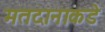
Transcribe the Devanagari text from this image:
मतदानाकडे